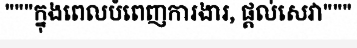
"""ក្នុងពេលបំពេញការងារ, ផ្តល់សេវា"""